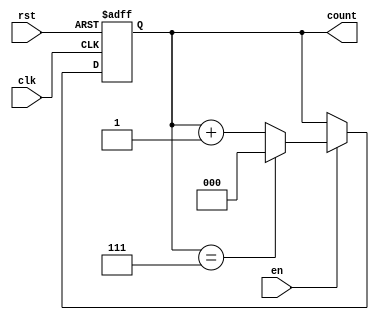
module binary_counter (
    input wire clk,        // Clock signal
    input wire rst,        // Asynchronous reset signal
    input wire en,         // Enable signal
    output reg [n-1:0] count // Counter output (n-bit)
);

parameter n = 3; // Number of bits in the counter (can be changed as needed)
localparam MAX_COUNT = (1 << n) - 1; // Maximum count value for n bits

// Always block for the counter logic
always @(posedge clk or posedge rst) begin
    if (rst) begin
        count <= 0; // Reset the counter to 0
    end else if (en) begin
        if (count == MAX_COUNT) begin
            count <= 0; // Wrap around to 0
        end else begin
            count <= count + 1; // Increment the counter
        end
    end
end

endmodule